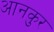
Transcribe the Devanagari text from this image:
आनकुर